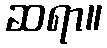
ဆရာ။